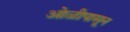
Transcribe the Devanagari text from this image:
ओळीपासून